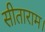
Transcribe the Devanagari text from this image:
सीताराम।